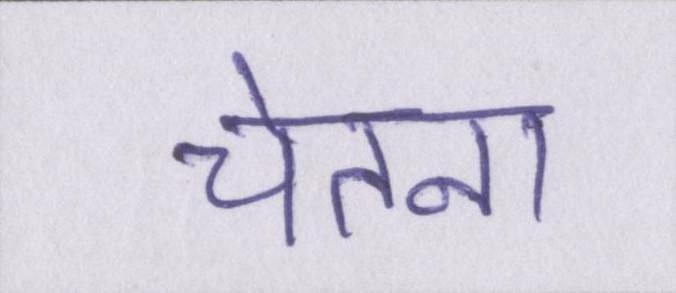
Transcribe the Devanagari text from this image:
चेतना